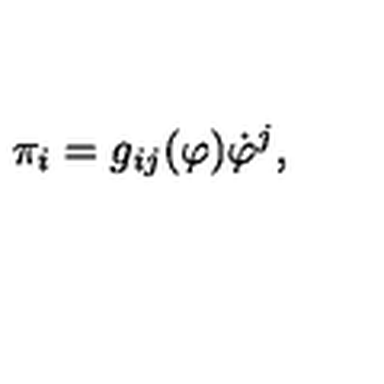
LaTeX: \pi _ { i } = g _ { i j } ( \varphi ) \dot { \varphi } ^ { j } ,